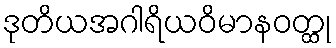
ဒုတိယအဂါရိယဝိမာနဝတ္ထု